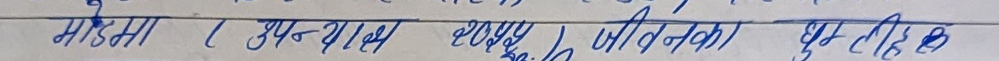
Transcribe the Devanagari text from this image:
माइडमा । उपन्यास रचना जीवनका पृष्ठिक